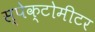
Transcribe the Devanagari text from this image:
स्पेक्टोमीटर